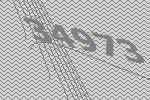
34973